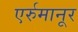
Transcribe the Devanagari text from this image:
एर्रुमानूर